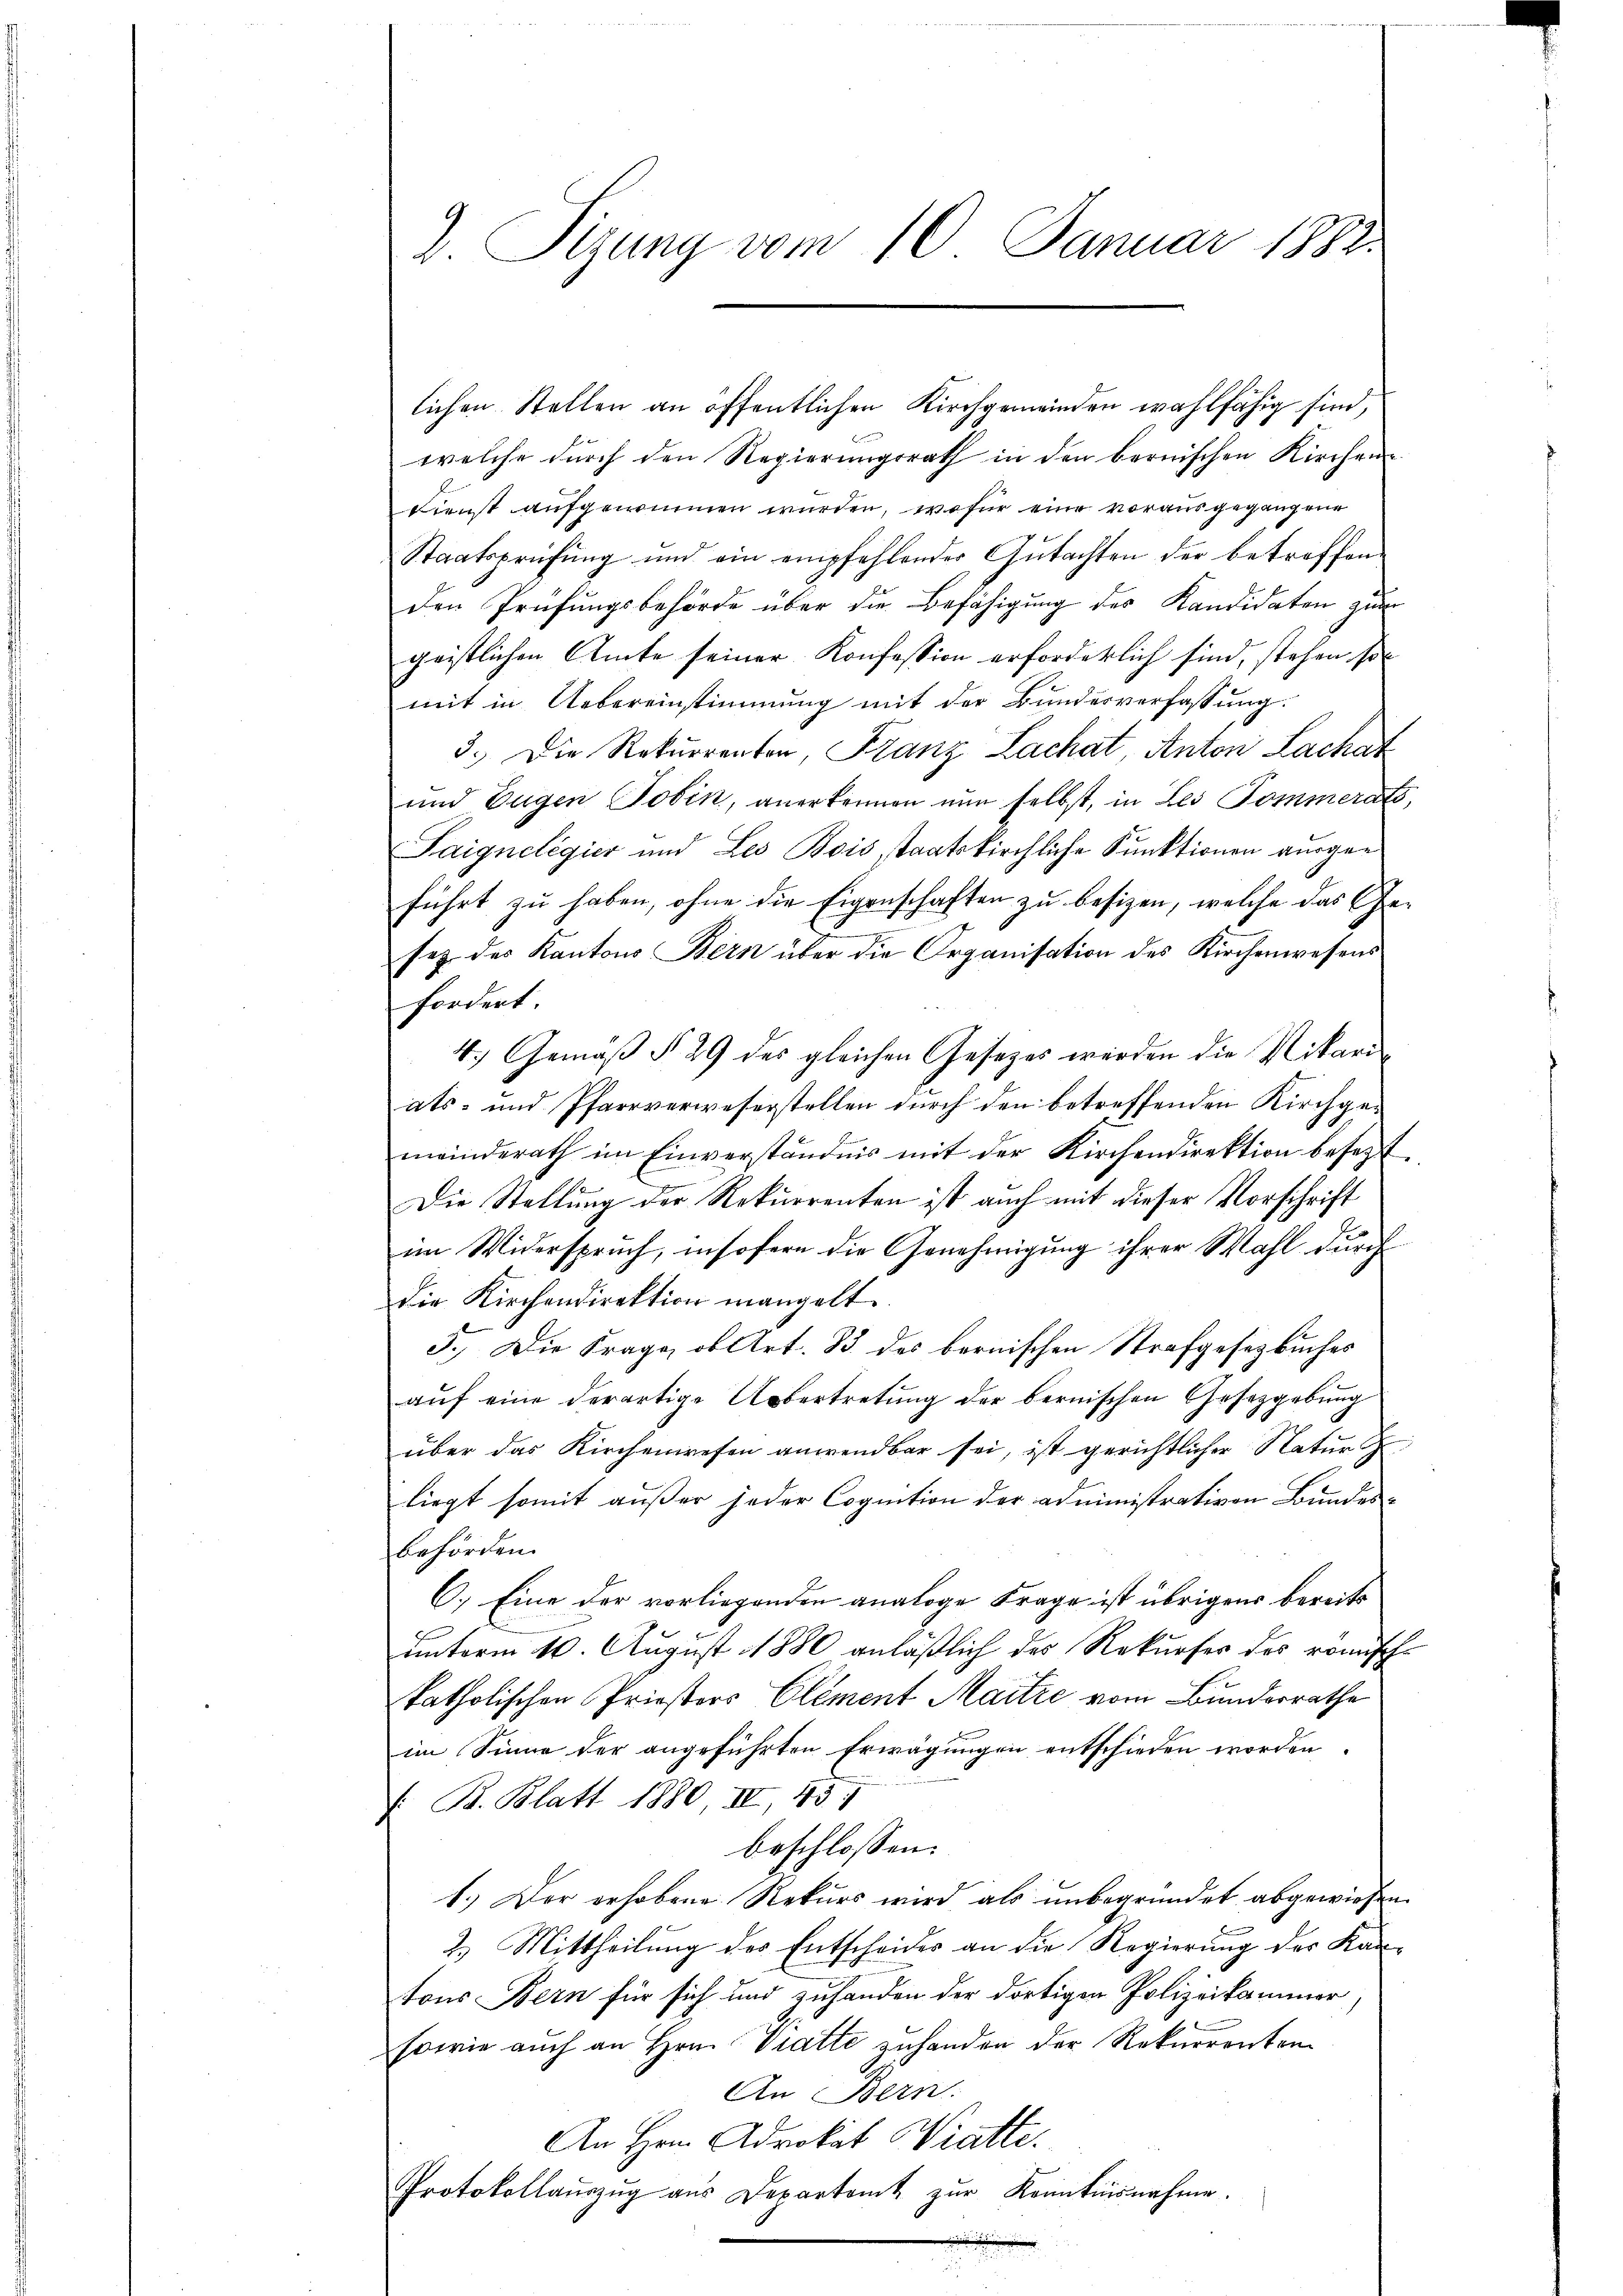
lichen Stellen an öffentlichen Kirchgemeinden wahlfähig sind,
welche durch den Regierungsrath in den bernischen Kirchen
Dienst aufgenommen wurden, wofür eine vorausgegangene
Staatsprüfung und ein empfehlender Gutachten der betroffenden Prüfungsbehörde über die Befähigung des Kandidaten zum
geistlichen Amte seiner Konfession erforderlich sind, stehen, so
mit in Uebereinstimmung mit der Bundesverfassung:
3.) Die Rekurrenten, Franz Lachat, Anton Lachat
und Eugen Tobin, anerkennen nun selbst, in Les Pommerats,
Taigneligier und Les Bois, staatskirchliche Funktionen ausgeführt zu haben, ohne die Eigenschaften zu besizen, welche das Ge-
sez des Kantons Bern über die Organisation des Kirchenwesens
fordert
4.) Gemäß § 29 des gleichen Gesetzes werden die Nikari
ats- und Pfarrverweserstellen durch den betreffenden Kirchgemeinderath im Einverständnis mit der Kirchendirektion besezt.
Die Stellung der Rekurrenten ist auch mit dieser Vorschrift
im Widerspruch, insofern die Genehmigung ihrer Wahl durch
die Kirchendirektion mangelt.
5.) Die Frage, ob Art. 33 des bernischen Strafgesetzbuches
auf eine derartige Uebertretung der bernischen Gesetzgebung
über das Kirchenwesen anwendbar sei, ist gerichtlicher Natur
liegt somit außer jeder Cognition der administrativen Bundesbehörden.
C.) Eine der vorliegenden analoge Frage ist übrigens bereits
unterm 10. August 1880 anläßlich des Rekurses des römischkatholischen Priestors Element Maitre vom Bundesrathe
im Sinne der angeführten Erwägungen entschieden worden.
/ B. Blatt 1880 II, 431
beschlossen:
1.) Der erhobene Rekurs wird als unbegründet abgewiesen.
2.) Mittheilung des Entscheides an die Regierung des Kantons Bern für sich und zuhanden der dortigen Polizeikammer,
sowie auch an Hrn. Viatte zuhanden der Rekurrenten
An Bern:
An Hrn. Advokat Watte.
Protokollaŭszŭg aŭs Departamt zŭr Kenntnisnahme.
.

d. Sizung vom 10. Januar 1882